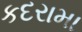
કદરામા